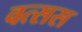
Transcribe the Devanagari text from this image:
वत्सस